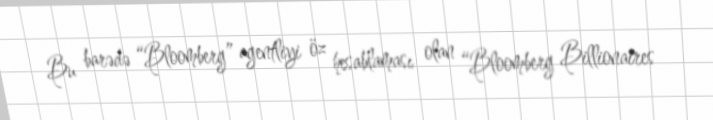
Bu barədə “Bloomberg” agentliyi öz hesablaması olan “Bloomberg Billionaires